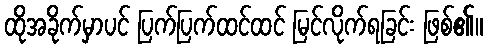
ထိုအခိုက်မှာပင် ပြက်ပြက်ထင်ထင် မြင်လိုက်ရခြင်း ဖြစ်၏။